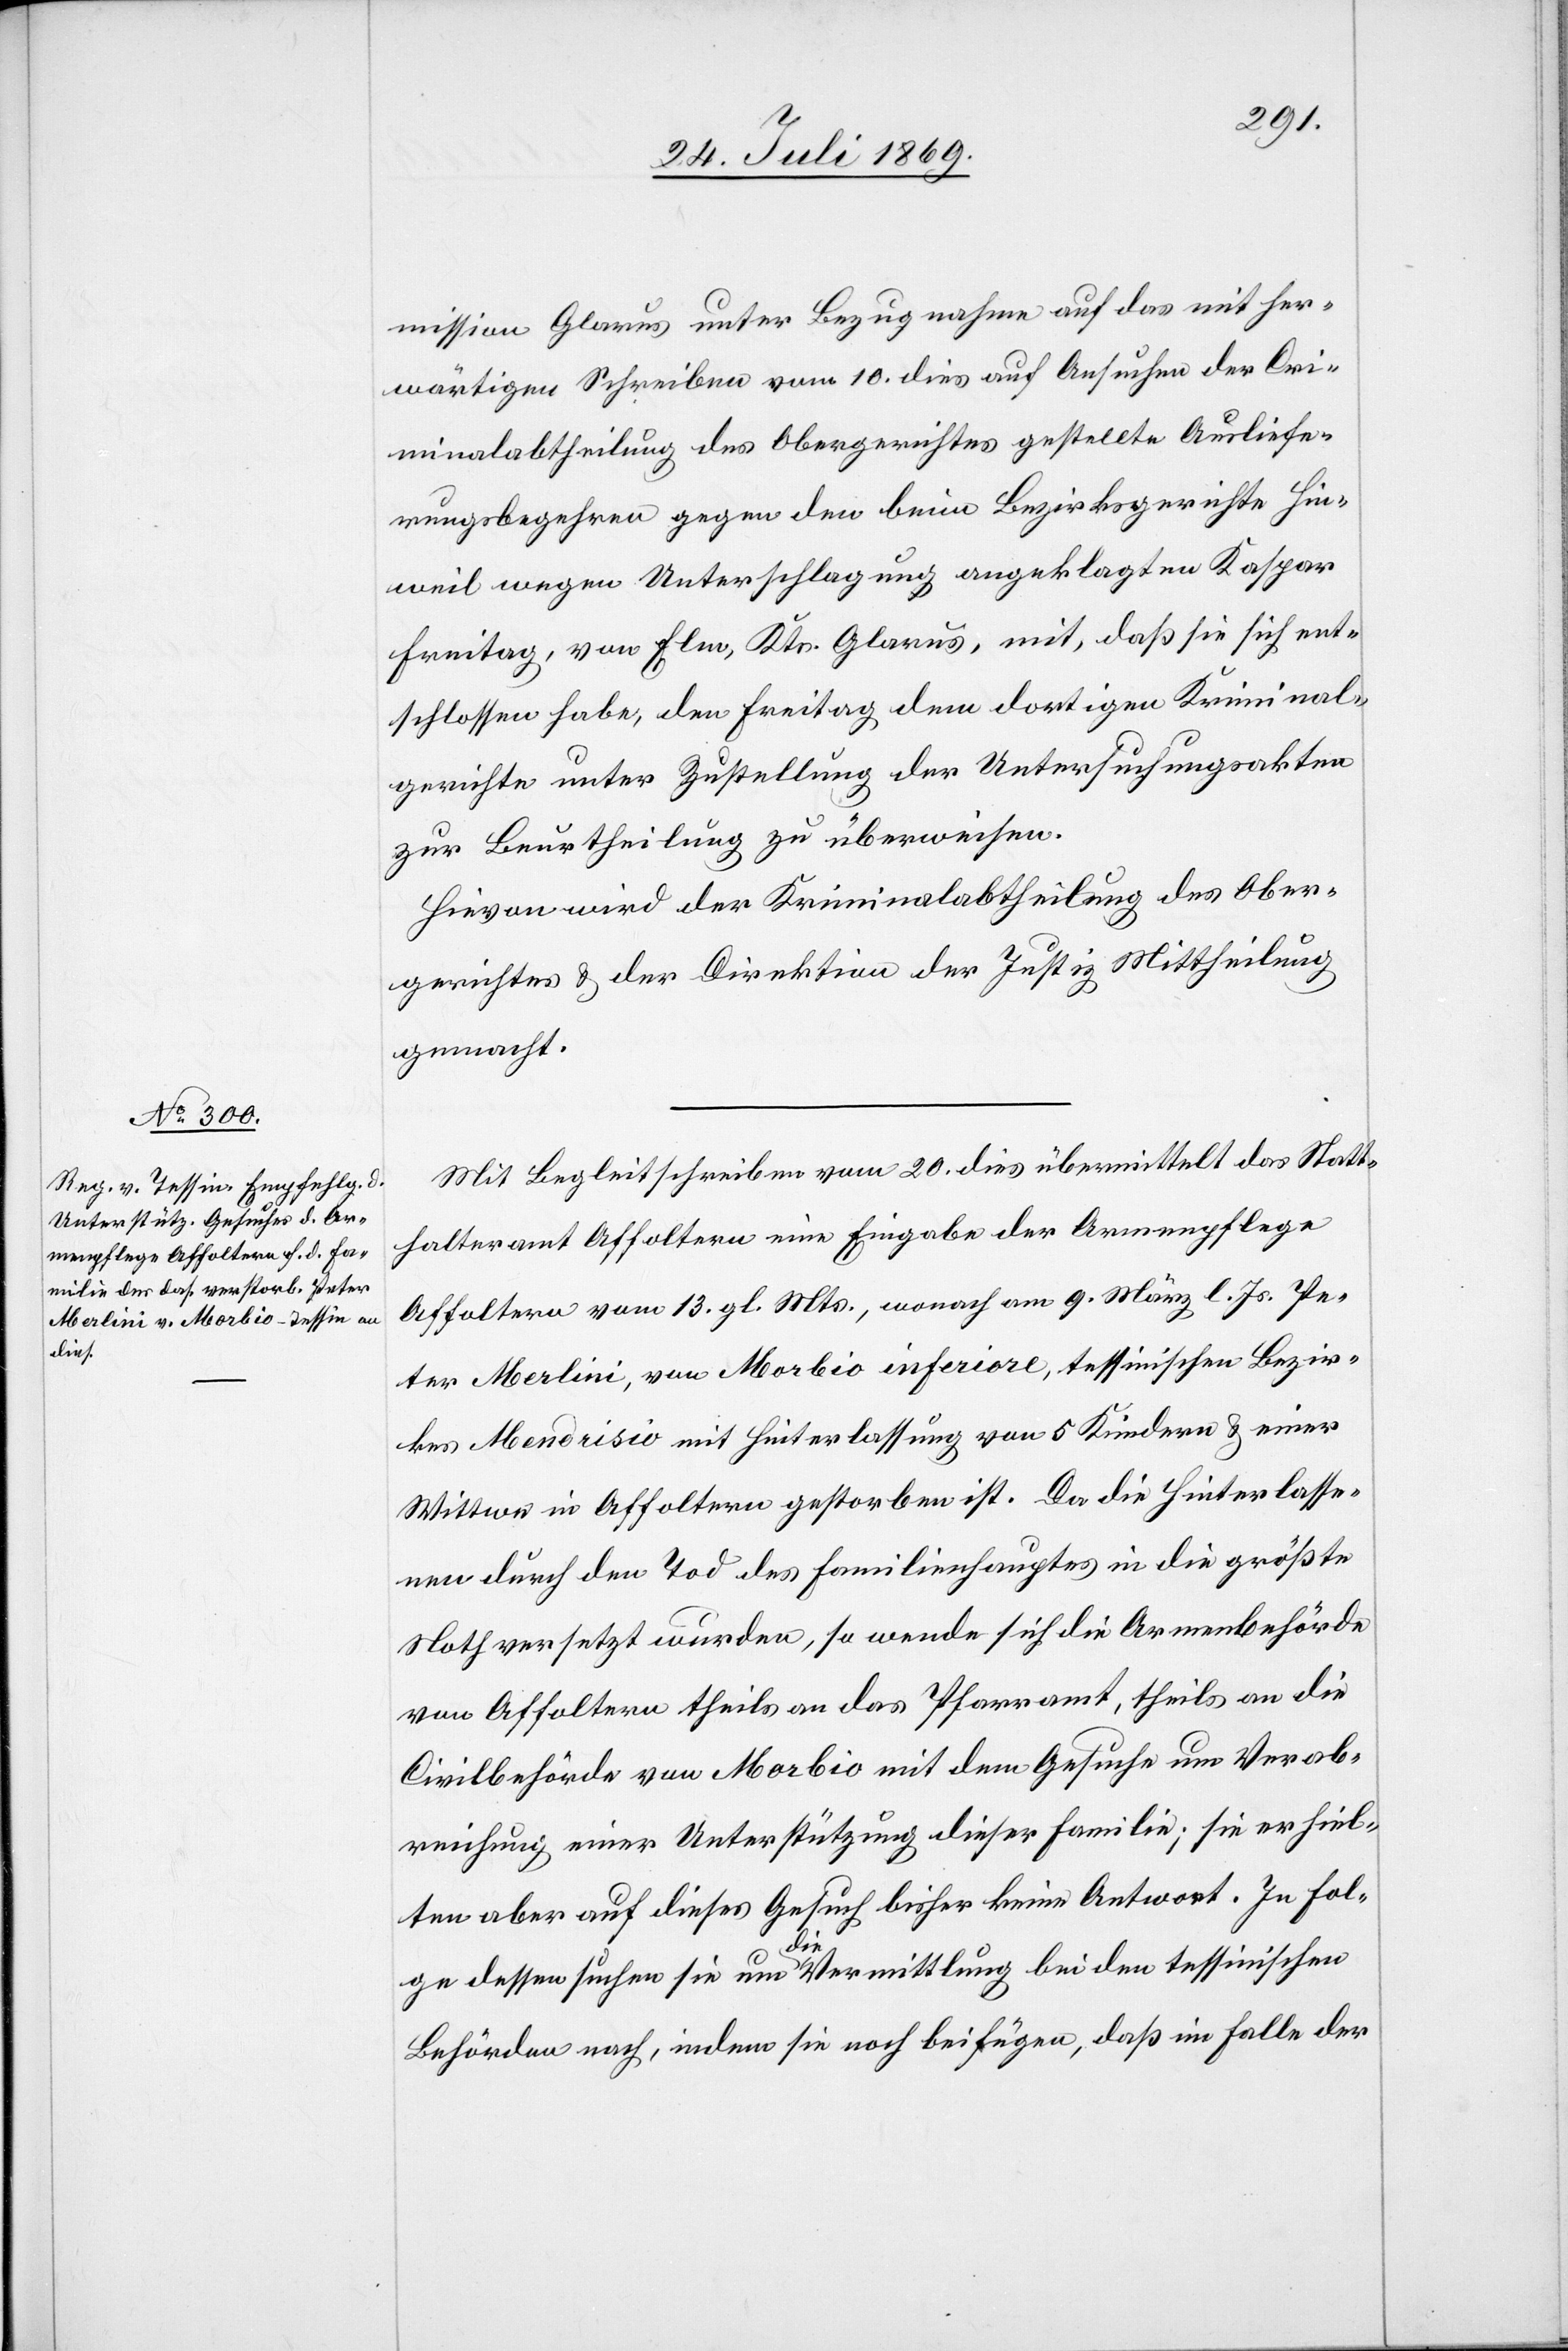
mission Glarus unter Bezugnahme auf das mit her¬
wärtigen Schreiben vom 10 dies auf Ansuchen der Cri¬
minalabtheilung des Obergerichtes gestellte Ausliefe¬
rungsbegehren gegen den beim Bezirksgerichte Hin¬
weil wegen Unterschlagung angeklagten Kaspar
Freitag, von Elm, Kts Glarus, mit, daß sie sich ent¬
schlossen habe, den Freitag dem dortigen Kriminal¬
gerichte unter Zustellung der Untersuchungsakten
zur Beurtheilung zu überweisen.
Hievon wird der Kriminalabtheilung des Ober¬
gerichtes u. der Direktion der Justiz Mittheilung
gemacht.
Mit Begleitschreiben vom 20 dies übermittelt das Statt¬
halteramt Affoltern eine Eingabe der Armenpflege
Affoltern vom 13 gl. Mts., wonach am 9 März l. Js. Pe¬
ter Merlini, von Morbio inferiore, tessinischen Bezir¬
kes Mendrisio mit Hinterlassung von 5 Kindern u. einer
Wittwe in Affoltern gestorben ist. Da die Hinterlasse¬
nen durch den Tod des Familienhauptes in die größte
Noth versetzt wurden, so wende sich die Armenbehörde
von Affoltern theils an das Pfarramt, theils an die
Civilbehörde von Morbio mit dem Gesuche um Verab¬
reichung einer Unterstützung dieser Familie; sie erhiel¬
ten aber auf dieses Gesuch bisher keine Antwort. In Fol¬
ge dessen suchen sie um die Vermittlung bei den tessinischen
Behörden nach, indem sie noch beifügen, daß im Falle der